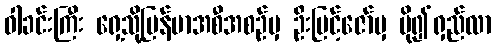
ဝါခင်းကြီး ရှေ့သို့မြန်မာအစီအစဉ်မှ ဦးမြင့်ဇော်မှ ပို၍ရှည်လာ